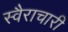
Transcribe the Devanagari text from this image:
स्वैराचारी